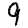
Digit: 9